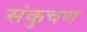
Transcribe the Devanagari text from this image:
संकुचण